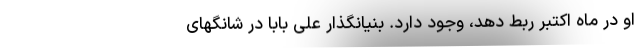
او در ماه اکتبر ربط دهد، وجود دارد. بنیانگذار علی بابا در شانگهای